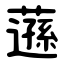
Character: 䕖